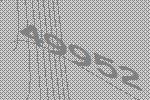
49952